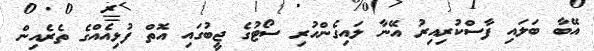
އޭބާ ބަލައި ފާސްކުރިއިރު އޭނާ ލައިގެންހުރި ސޯޓުގެ ޖީބުގައި އޮތް ފުޅިއެއްގެ ތެރެއިން